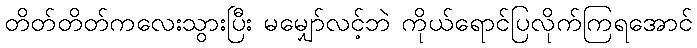
တိတ်တိတ်ကလေးသွားပြီး မမျှော်လင့်ဘဲ ကိုယ်ရောင်ပြလိုက်ကြရအောင်